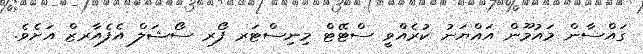
ގައްސާން މައުމޫން އައްޔަނު ކުރެއްވީ ސްޓޭޓް މިނިސްޓަރ ފޯރ ސޯޝަލް އެފެއާރޒް އަށެވެ.